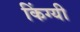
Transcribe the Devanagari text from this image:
किंग्यी